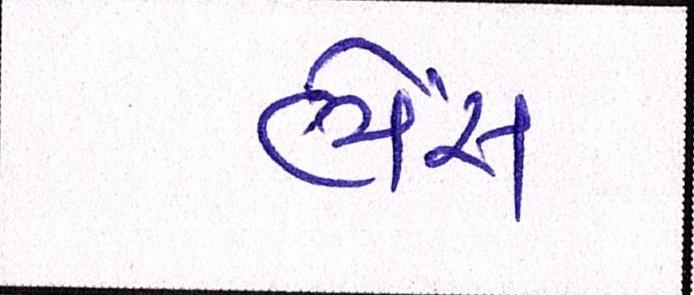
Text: ભેંસ